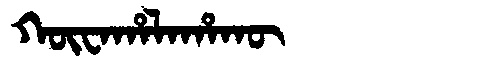
Manchu: ᡴᡡᠸᠠᡥᠠᠯᠠᡥᠠᡴᡡ
Romanization: KŪWAHALAHAKŪ